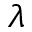
\lambda